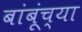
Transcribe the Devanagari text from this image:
बांबूंच्या